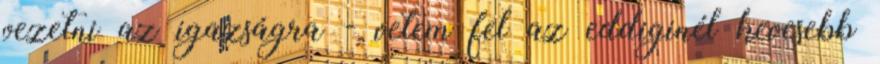
vezetni az igazságra - vetem fel az eddiginél kevesebb